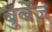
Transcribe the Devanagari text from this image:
बुर्बेज